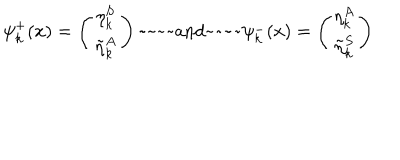
\psi _ { k } ^ { + } ( x ) = \left( \begin{matrix} { { \eta _ { k } ^ { S } } } \\ { { \tilde { \eta } _ { k } ^ { A } } } \\ \end{matrix} \right) \mathrm { ~ a n d ~ } \psi _ { k } ^ { - } ( x ) = \left( \begin{matrix} { { \eta _ { k } ^ { A } } } \\ { { \tilde { \eta } _ { k } ^ { S } } } \\ \end{matrix} \right)